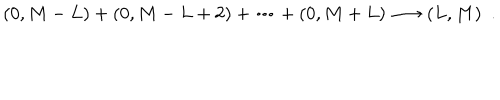
( 0 , M - L ) + ( 0 , M - L + 2 ) + \cdots + ( 0 , M + L ) \longrightarrow ( L , M ) \ \ .